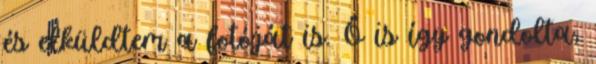
és elküldtem a fotóját is. Ő is így gondolta,